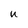
Character: u